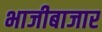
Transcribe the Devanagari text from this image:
भाजीबाजार